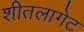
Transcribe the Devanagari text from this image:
शीतलागेट